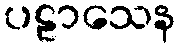
ပဠာသေန